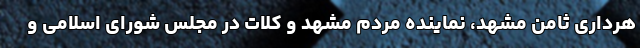
هرداری ثامن مشهد، نماینده مردم مشهد و کلات در مجلس شورای اسلامی و